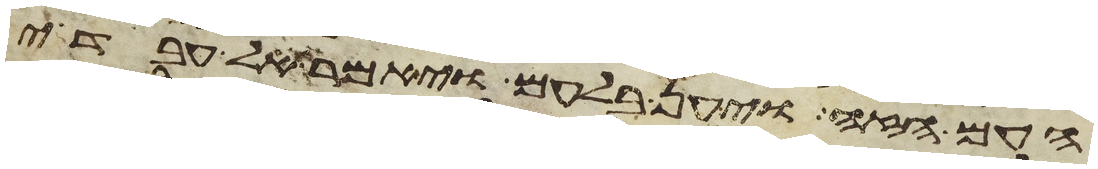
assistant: העם הזה ויען בלעם ויאמר אל עבדי